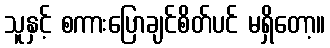
သူနှင့် စကားပြောချင်စိတ်ပင် မရှိတော့။